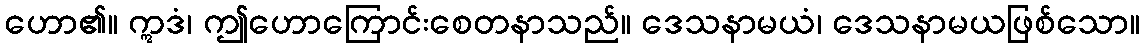
ဟော၏။ ဣဒံ၊ ဤဟောကြောင်းစေတနာသည်။ ဒေသနာမယံ၊ ဒေသနာမယဖြစ်သော။